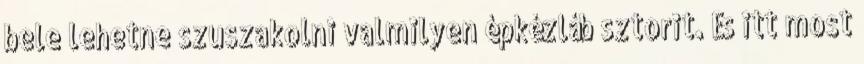
bele lehetne szuszakolni valmilyen épkézláb sztorit. És itt most